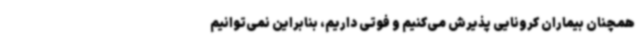
همچنان بیماران کرونایی پذیرش می‌کنیم و فوتی داریم، بنابراین نمی‌توانیم